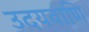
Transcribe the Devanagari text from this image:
उदयवाणि